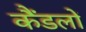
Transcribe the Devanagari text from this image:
कैंडलों